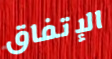
الإتفاق